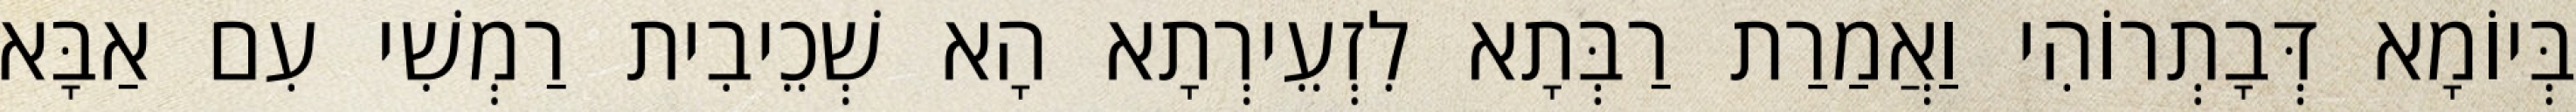
בְּיוֹמָא דְּבָתְרוֹהִי וַאֲמַרַת רַבְּתָא לִזְעֵירְתָא הָא שְׁכֵיבִית רַמְשִׁי עִם אַבָּא